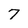
Character: 7